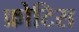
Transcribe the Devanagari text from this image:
फ्रोटिस